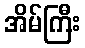
အိမ်ကြီး